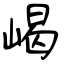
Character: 嵑